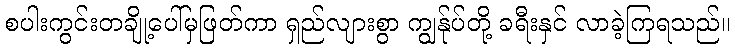
စပါးကွင်းတချို့ပေါ်မှဖြတ်ကာ ရှည်လျားစွာ ကျွန်ုပ်တို့ ခရီးနှင် လာခဲ့ကြရသည်။